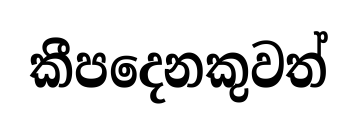
කීපදෙනකුවත්